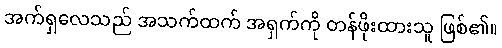
အက်ရှလေသည် အသက်ထက် အရှက်ကို တန်ဖိုးထားသူ ဖြစ်၏။